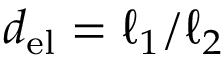
d _ { \mathrm { e l } } = \ell _ { 1 } / \ell _ { 2 }